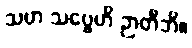
သဟ သဗ္ဗေဟိ ဉာတိဘိ။